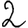
Digit: 2